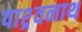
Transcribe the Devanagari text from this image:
पाश्र्वनाथ